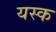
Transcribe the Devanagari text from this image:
यस्क